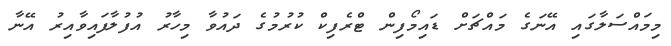
މިމައްސަލާގައި އޭނަގެ މައްޗަށް ޑައިމޯފިން ޓްރެފިކް ކުރުމުގެ ދައުވާ މިހާރު އުފުލާފައިވާއިރު އޭނާ